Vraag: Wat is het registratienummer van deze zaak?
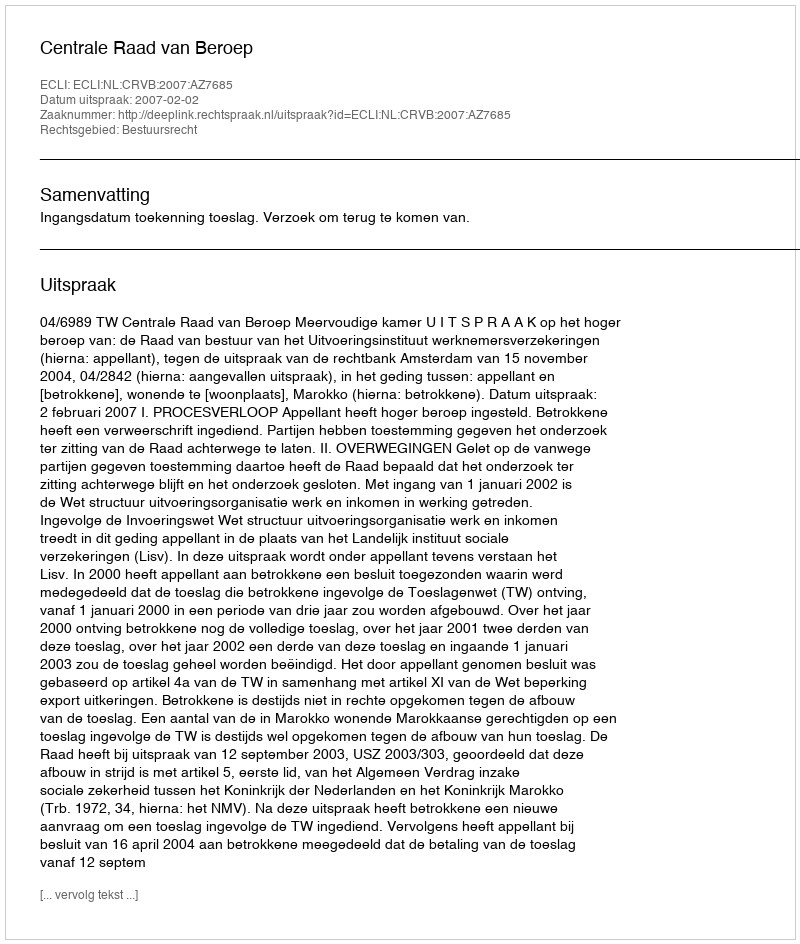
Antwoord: http://deeplink.rechtspraak.nl/uitspraak?id=ECLI:NL:CRVB:2007:AZ7685